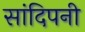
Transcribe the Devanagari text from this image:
सांदिपनी